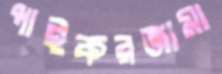
পাইকরজামা